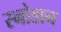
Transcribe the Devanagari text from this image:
स्नोडान